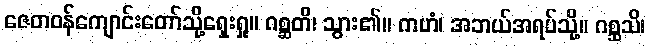
ဇေတဝန်ကျောင်းတော်သို့ရှေးရှု။ ဂစ္ဆတိ၊ သွား၏။ ကဟံ၊ အဘယ်အရပ်သို့။ ဂစ္ဆသိ၊